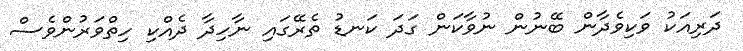
ދަރިއަކު ވަކިވެދާން ބޭނުން ނުވާކަން ގަދަ ކަނޑު ތެރޭގައި ނާހިދާ ދެއްކި ހިތްވަރުންވެސް